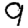
Digit: 9